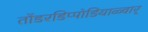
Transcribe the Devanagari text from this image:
तोंडरडिप्पोडियाळ्वार्